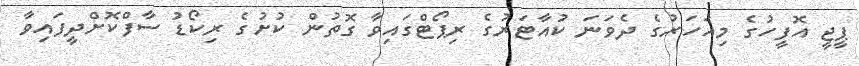
ޕީޖީ އޮފީހުގެ މިއަހަރުގެ ދެވަނަ ކުއާޓަރުގެ ރިޕޯޓްގައިވާ ގޮތުން ކުށުގެ ރިކޯޑު ސާފްކޮށްދީފައިވާ